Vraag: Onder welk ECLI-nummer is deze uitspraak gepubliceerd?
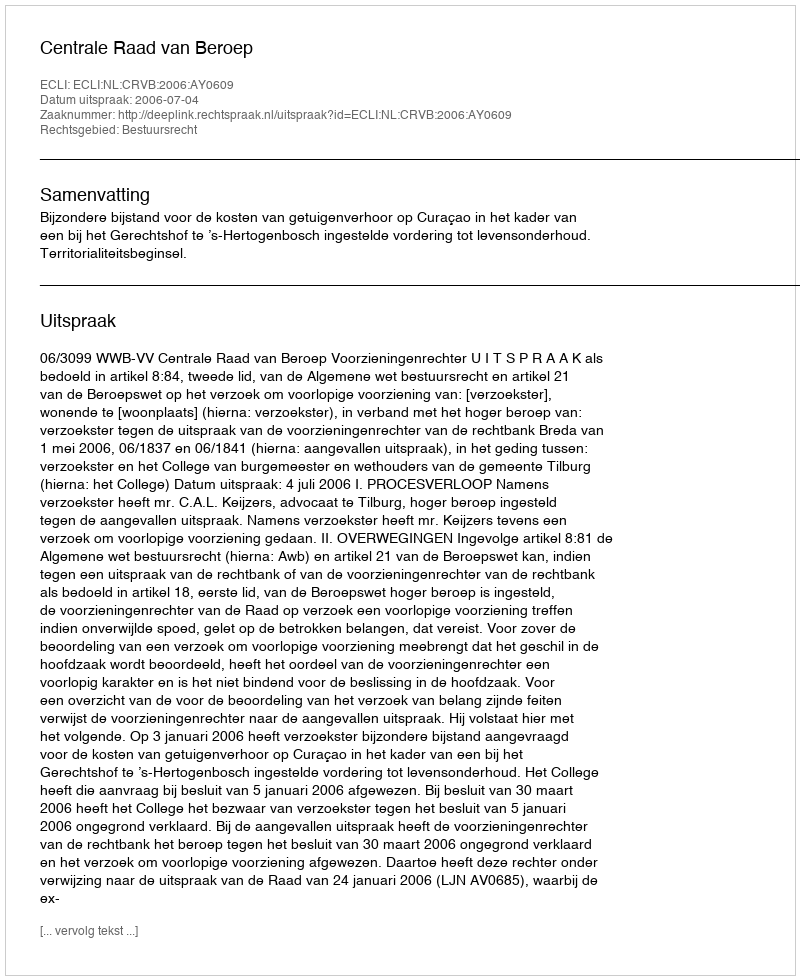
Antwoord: ECLI:NL:CRVB:2006:AY0609